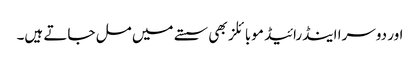
اور دوسرا اینڈرائیڈ موبائلز بھی سستے میں مل جاتے ہیں۔